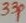
Text: 33p